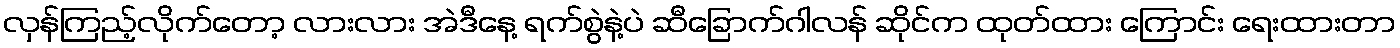
လှန်ကြည့်လိုက်တော့ လားလား အဲဒီနေ့ ရက်စွဲနဲ့ပဲ ဆီခြောက်ဂါလန် ဆိုင်က ထုတ်ထား ကြောင်း ရေးထားတာ